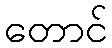
တောင်